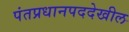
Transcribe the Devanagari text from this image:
पंतप्रधानपददेखील